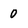
Character: 0